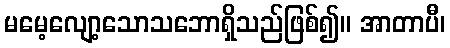
မမေ့လျော့သောသဘောရှိသည်ဖြစ်၍။ အာတာပီ၊